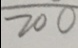
\overline { 2 0 0 }